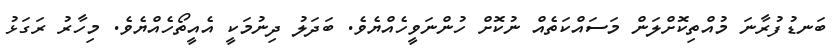
ބަނޑުފުރާނަ މުއްތިކޮށްލަން މަސައްކަތެއް ނުކޮށް ހުންނަވީހެއްޔެވެ. ބަދަލު ދިނުމަކީ އެއީތޯހެއްޔެވެ. މިހާރު ރަގަޅު